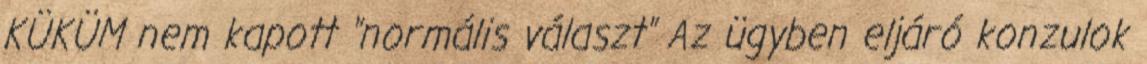
KÜKÜM nem kapott "normális választ" Az ügyben eljáró konzulok